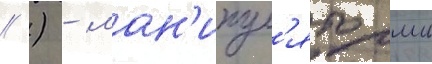
// ) - ман'ипул'яторши